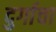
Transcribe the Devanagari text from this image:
दुर्गाचा